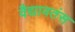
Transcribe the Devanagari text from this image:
वैद्यावतंस